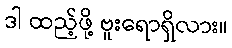
ဒါ ထည့်ဖို့ ဗူးရောရှိလား။